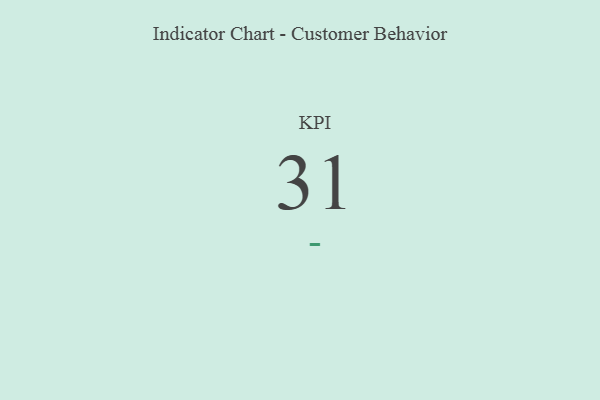
{"axis": {"x": "KPI", "y": "Value"}, "legend": [""], "data": [{"x": "KPI", "y": 31, "type": ""}]}